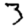
Digit: 3